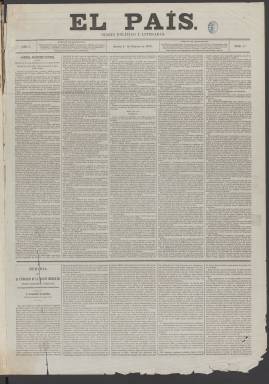
Título: El País (Madrid. 1870)
Colección: Periódicos
Ámbito geográfico: Madrid
Lugar de publicación: Madrid
Fechas: 01/02/1870-05/01/1871